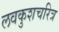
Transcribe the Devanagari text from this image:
लवकुशचरित्र